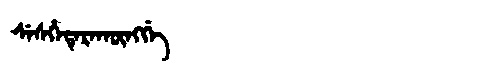
Manchu: ᠰᡝᠰᡥᡝᡨᡝᡵᠠᡴᡡᠩᡤᡝ
Romanization: SESHETERAKŪNGGE